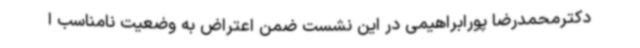
دکترمحمدرضا پورابراهیمی در این نشست ضمن اعتراض به وضعیت نامناسب ا